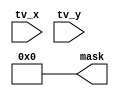
module MASK_TEST_2(

	input wire [9:0]tv_x,
	input wire [9:0]tv_y,
	output reg [10:0]mask
	);

always @(tv_x)
	begin
		
		mask = 0;
		
//		
//		if((tv_x == 40)&&
//			(tv_y == 2))
//			mask = 1;			
//		if((tv_x == 40)&&
//			(tv_y == 3))
//			mask = 1;	
//		if((tv_x == 40)&&
//			(tv_y == 4))
//			mask = 1;	
//		if((tv_x == 40)&&
//			(tv_y == 5))
//			mask = 1;	
//		if((tv_x == 40)&&
//			(tv_y == 6))
//			mask = 1;	
//		if((tv_x == 40)&&
//			(tv_y == 7))
//			mask = 1;	
//		if((tv_x == 40)&&
//			(tv_y == 8))
//			mask = 1;				
	
			
	end 
endmodule